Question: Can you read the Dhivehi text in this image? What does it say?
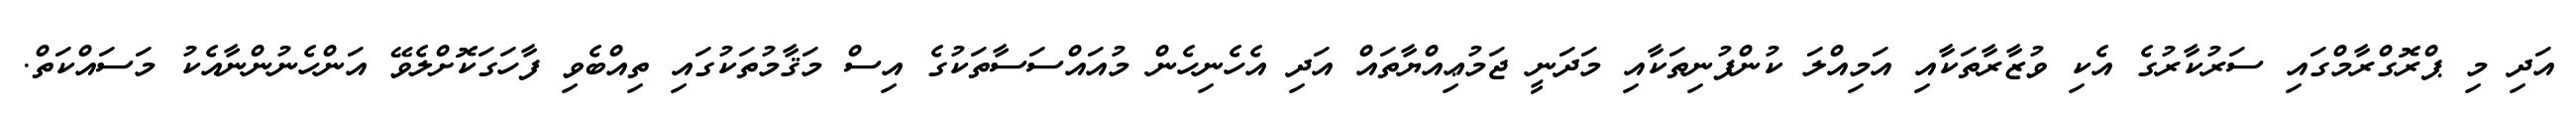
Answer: އަދި މި ޕްރޮގްރާމްގައި ސަރުކާރުގެ އެކި ވުޒާރާތަކާއި އަމިއްލަ ކުންފުނިތަކާއި މަދަނީ ޖަމުޢިއްޔާތައް އަދި އެހެނިހެން މުއައްސަސާތަކުގެ އިސް މަޤާމުތަކުގައި ތިއްބެވި ފާހަގަކޮށްލެވޭ އަންހެނުންނާއެކު މަސައްކަތް.